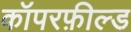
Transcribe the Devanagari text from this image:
कॉपरफ़ील्ड